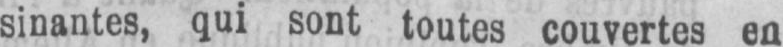
sinantes, qui sont toutes couvertes en